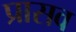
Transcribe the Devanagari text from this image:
प्रासव